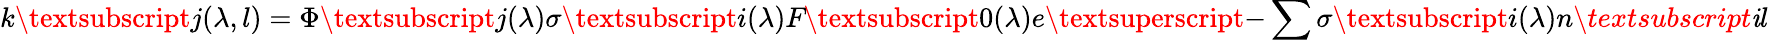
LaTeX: \textit{k}\textsubscript{\textit{j}}(\lambda,\textit{l})=\Phi\textsubscript{\textit{j}}(\lambda)\sigma\textsubscript{\textit{i}}(\lambda)\textit{F}\textsubscript{0}(\lambda)\textit{e}\textsuperscript{-\sum\sigma\textsubscript{\textit{i}}(\lambda)\textit{n\textsubscript{\textit{i}}l}}